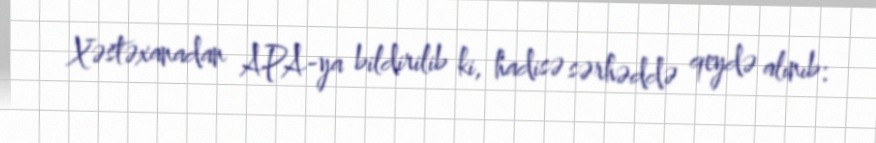
Xəstəxanadan APA-ya bildirilib ki, hadisə sərhəddə qeydə alınıb: